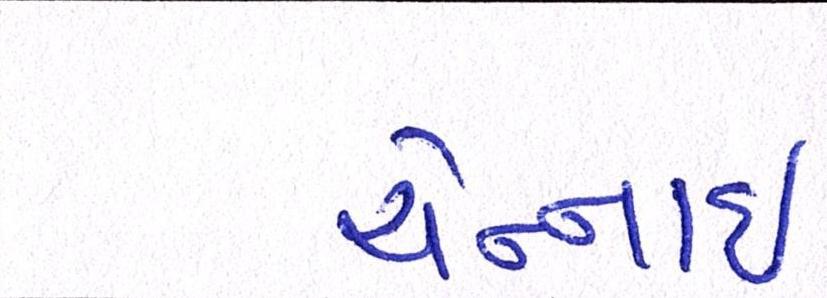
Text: ચેન્નાઇ